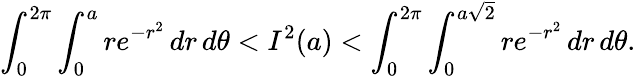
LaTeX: \int_{0}^{2\pi}\int_{0}^{a}re^{-r^{2}}\, dr\, d\theta<I^{2}(a)<\int_{0}^{2\pi}\int_{0}^{a{\sqrt{2}}}re^{-r^{2}}\, dr\, d\theta.